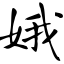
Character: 娥